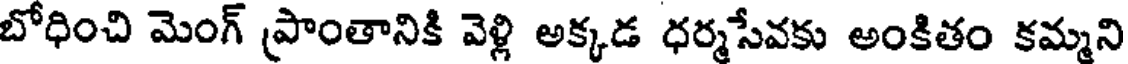
బోధించి మెంగ్ ప్రాంతానికి వెళ్లి అక్కడ ధర్మసేవకు అంకితం కమ్మని